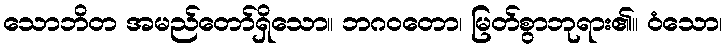
သောဘိတ အမည်တော်ရှိသော။ ဘဂဝတော၊ မြတ်စွာဘုရား၏။ ဝံသော၊